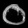
Digit: ၀